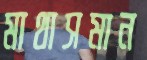
মাথাসমান